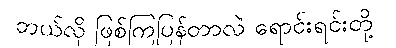
ဘယ်လို ဖြစ်ကြပြန်တာလဲ ရောင်းရင်းတို့